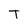
Character: T